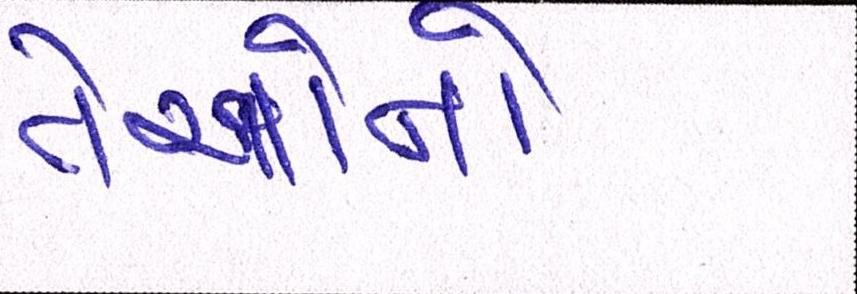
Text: તેઓનો